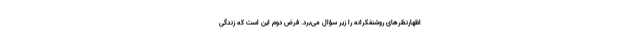
اظهارنظرهای روشنفکرانه را زیر سؤال می‌برد. فرض دوم این است که زندگی